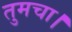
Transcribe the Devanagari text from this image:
तुमचा।